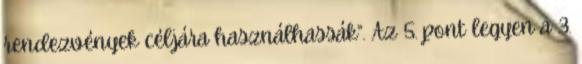
rendezvények céljára használhassák”. Az 5. pont legyen a 3.